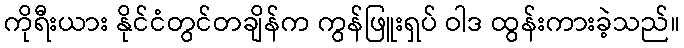
ကိုရီးယား နိုင်ငံတွင်တချိန်က ကွန်ဖြူးရှပ် ဝါဒ ထွန်းကားခဲ့သည်။